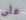
على